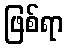
ဖြစ်ရာ